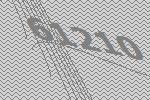
61210